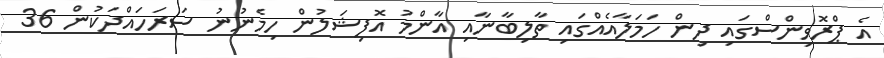
އެ ޕްރޮވިންސްގައި ދިން ހަމަލާއެއްގައި ތާލިބާނާއި އާންމު އޮފިޝަލުން ހިމެނުނު ސަރަހައްދަކުން 36